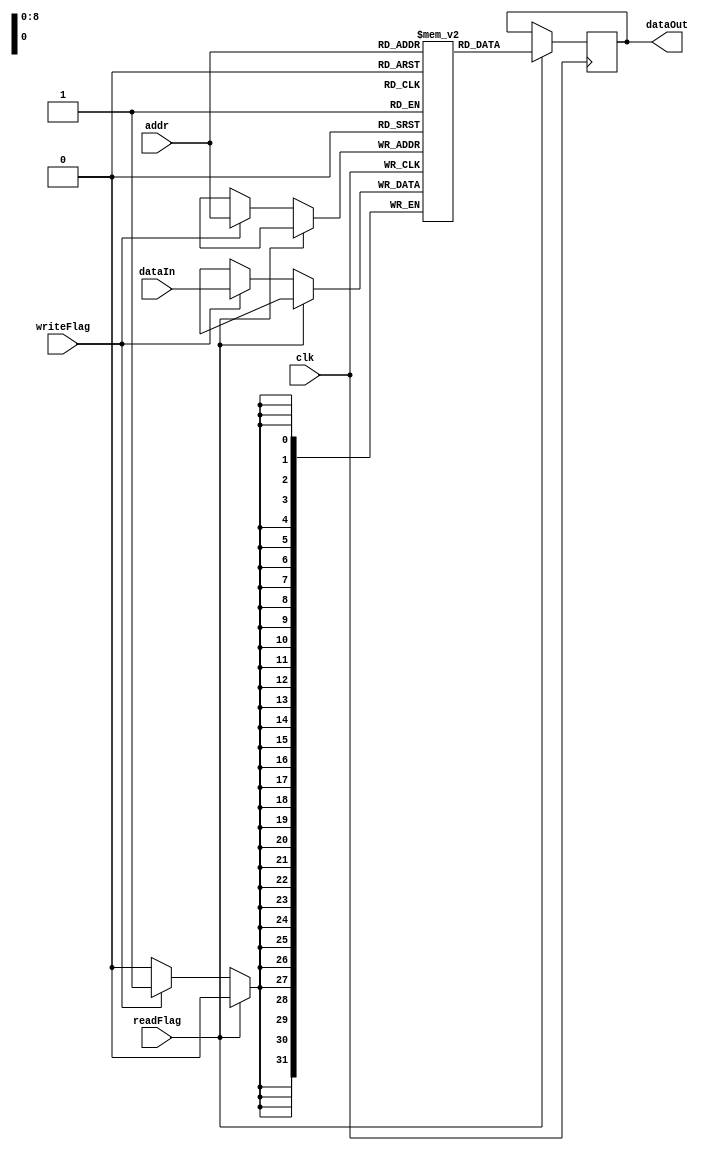
module Memory (input clk, input writeFlag, readFlag,
    input [8:0] addr, input [31:0] dataIn,
    output reg [31:0] dataOut
);

reg signed [31:0] mem [511:0];

always @(posedge clk) begin
    if (readFlag) begin
        dataOut <= mem[addr];
    end else if (writeFlag) begin
        mem[addr] <= dataIn;
    end
end
endmodule